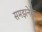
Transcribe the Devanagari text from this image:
समझनेके